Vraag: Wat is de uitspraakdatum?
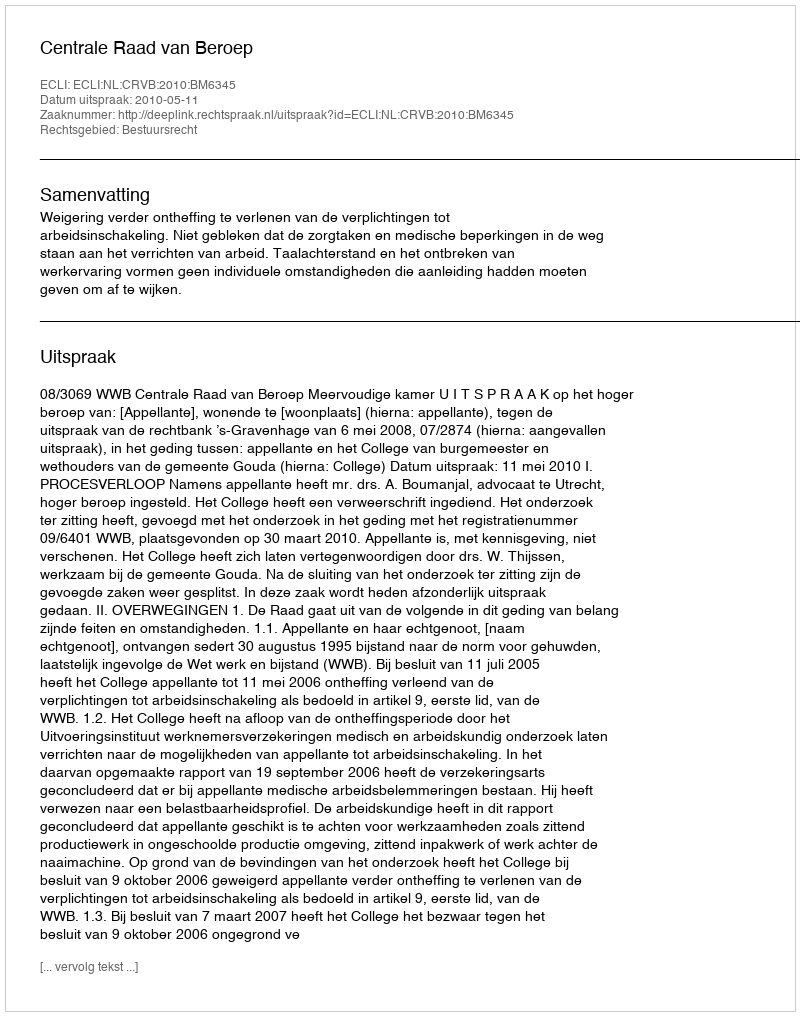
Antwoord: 2010-05-11